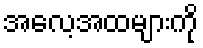
အလေ့အထများကို